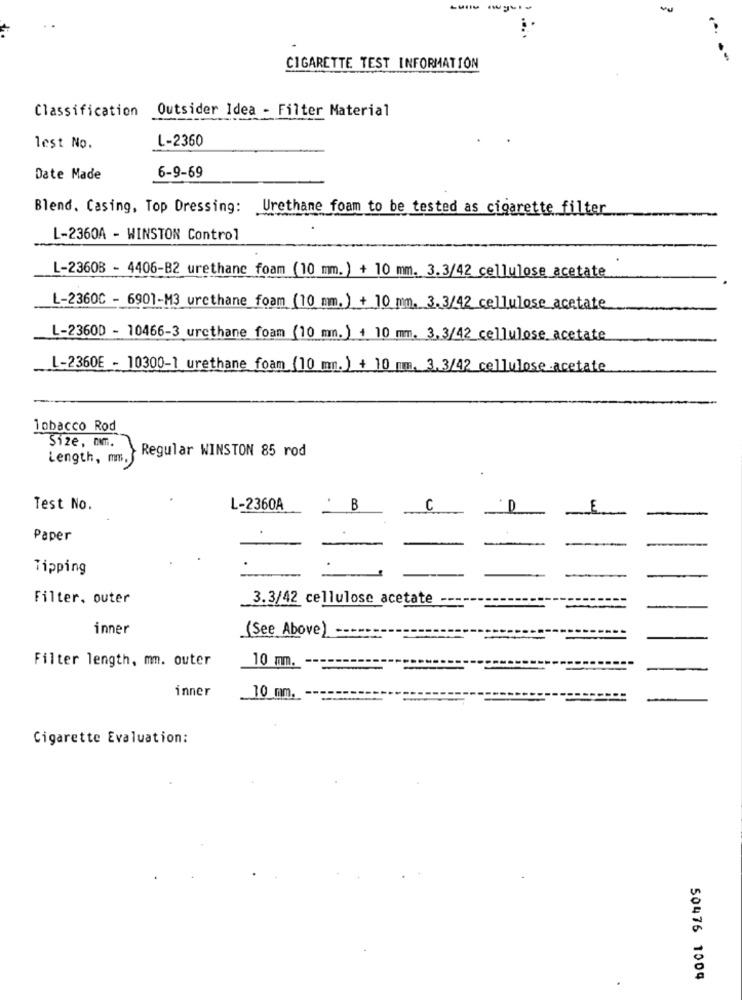
CIGARETTE TEST INFORMATION
Classification Outsider Idea - Filter Material
L-2360
lest No.
6-9-69
Date Made
Blend. Casing, Top Dressing: Urethane foam to be tested as cigarette filter
L-2360A - WINSTON Control
L-23608 - 4406-B2 urethane foam (10 mm.) + 10 mm. 3.3/42 cellulose acetate
L-2360C - 6901-M3 urethane foam (10 mm.) + 10 mm. 3.3/42 cellulose acetate
L-23600 - 10466-3 urethane foam (10 mn.) + 10 mm. 3.3/42 cellulose acetate
L-2360E - 10300-1 urethane foam (10 mn.) + 10 mm. 3.3/42 cellulose acetate
Tobacco Rod
Size, nm.
Length, m.
Regular WINSTON 85 rod
Test No.
L-2360A
B
C
Paper
Tipping
Filter, outer
3.3/42 cellulose acetate
inner
(See Above) ===
-
Filter length, mm. outer
10 mm.
inner
10 mm.
Cigarette Evaluation:
50476 1004